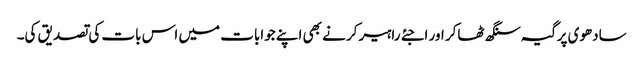
سادھوی پرگیہ سنگھ ٹھاکر اور اجئے راہیرکر نے بھی اپنے جوابات میں اس بات کی تصدیق کی۔